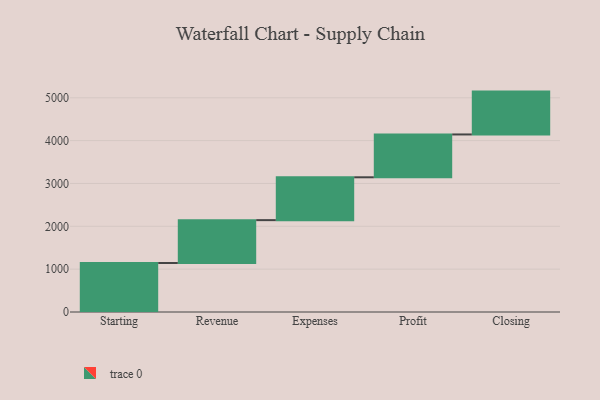
{"axis": {"x": "Step", "y": "Value"}, "legend": [""], "data": [{"x": "Starting", "y": 1144.0, "type": ""}, {"x": "Revenue", "y": 1000, "type": ""}, {"x": "Expenses", "y": 1000, "type": ""}, {"x": "Profit", "y": 1000, "type": ""}, {"x": "Closing", "y": 1000, "type": ""}]}